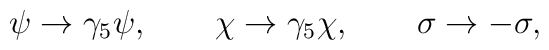
\psi \rightarrow \gamma _{5}\psi ,\qquad \chi \rightarrow \gamma _{5}\chi,\qquad \sigma \rightarrow -\sigma ,